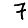
Digit: 7